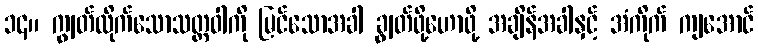
၁၄။ ကျွတ်ထိုက်သောသတ္တဝါကို မြင်သောအခါ ချွတ်ဖို့ဟောဖို့ အချိန်အခါနှင့် အံကိုက် ကျအောင်